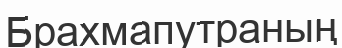
Брахмапутраның